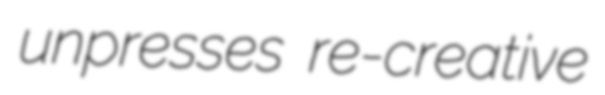
unpresses re-creative